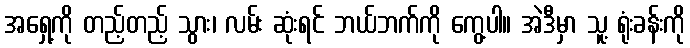
အရှေ့ကို တည့်တည့် သွား၊ လမ်း ဆုံးရင် ဘယ်ဘက်ကို ကွေ့ပါ။ အဲဒီမှာ သူ့ ရုံးခန်းကို